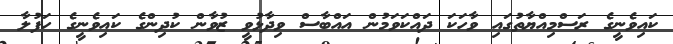
ކައިވެނީގެ ރަސްމިއްޔާތުގައި ވާހަކަ ދައްކަވަމުން އައްބާސް ވިދާޅުވީ ޒުވާން ކުދިންގެ ކައިވެނީގެ ހަފުލާ